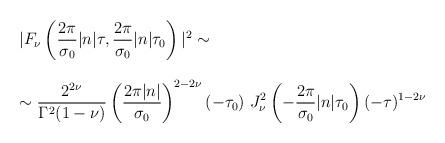
LaTeX: \begin{align*}\begin{array}{l}{\displaystyle | F_{\nu} \left( \frac{2\pi}{\sigma_0} |n| \tau, \frac{2\pi}{\sigma_0} |n| \tau_0 \right) |^2 \sim } \\ \\\sim{\displaystyle \frac{2^{2\nu}}{\Gamma^2(1-\nu)} \left( \frac{2\pi|n|}{\sigma_0} \right)^{2-2\nu}(-\tau_0)~ J_{\nu}^2 \left( -\frac{2\pi}{\sigma_0} |n| \tau_0 \right) (-\tau)^{1-2\nu} }\end{array}\end{align*}